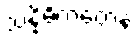
သန္နိဓိကတေန